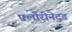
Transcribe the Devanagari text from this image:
फ्लोरीनेटड